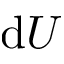
\mathrm { d } U